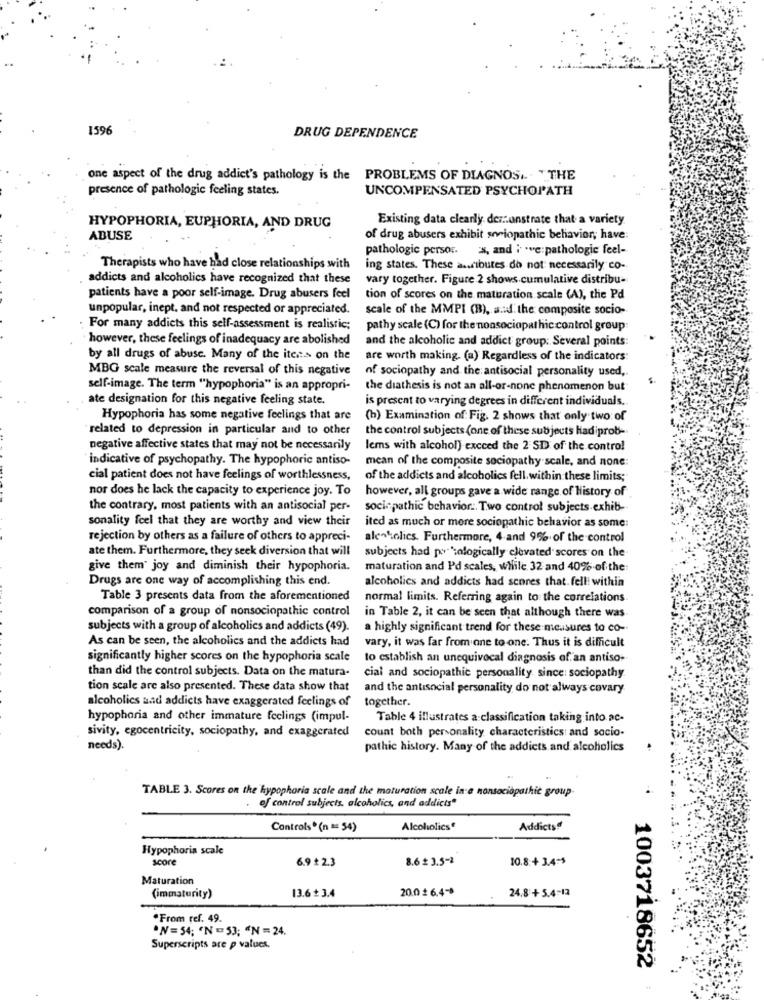
1596
DRUG DEPENDENCE
one aspect of the drug addict's pathology is the PROBLEMS OF DIAGNOS ... "THE
presence of pathologic feeling states.
UNCOMPENSATED PSYCHOPATH
Existing data clearly der :: onstrate that a variety.
HYPOPHORIA, EUPHORIA, AND DRUG
ABUSE
of drug abusers exhibit soviopathic behavior, have:
pathologic person. x, and i .e: pathologic feel-
Therapists who have had close relationships with
ing states. These aributes do not necessarily co-
addicts and alcoholics have recognized that these
vary together. Figure 2 shows cumulative distribu-
patients have a poor self-image. Drug abusers feel
tion of scores on the maturation scale (A), the Pd
unpopular, inept, and not respected or appreciated.
scale of the MMPI (B), a :: df. the composite socio-
For many addicts this self-assessment is realistic;
pathy scale (C) for the nonsociopat hic control group:
however, these feelings of inadequacy are abolished
and the alcoholic and addict group: Several points:
by all drugs of abuse. Many of the iten:> on the
are worth making. (a) Regardless of the indicators:
MBG scale measure the reversal of this negative
of sociopathy and the antisocial personality used,
$.
self-image. The term "hypophoria" is an appropri-
the diathesis is not an all-or-none phenomenon but
ate designation for this negative feeling state.
is present to varying degrees in different individuals.
Hypophoria has some negative feelings that are
(b) Examination of: Fig. 2 shows that only two of
related to depression in particular and to other
the control subjects (one of these subjects hadiprob-
negative affective states that may not be necessarily
lems with alcohol) exceed the 2 SD of the contro!
"indicative of psychopathy. The hypophoric antiso-
mean of the composite sociopathy scale, and none:
cial patient does not have feelings of worthlessness,
of the addicts and alcoholics fell. within these limits;
nor does he lack the capacity to experience joy. To
however, all groups gave a wide range of History of
the contrary, most patients with an antisocial per-
sociepathic behavior .. Two control subjects exhib-
sonality feel that they are worthy and view their
ited as much or more sociopathic behavior as some:
rejection by others as a failure of others to appreci-
alenkolics. Furthermore, 4-and 9% of the control
ate them. Furthermore, they seek diversion that will
subjects had po 'tologically elevated scores on the
give them' joy and diminish their hypophoria.
maturation and Pd scales, while 32 and 40% of the
Drugs are one way of accomplishing this end.
alcoholics and addicts had scores that. fell! within
Table 3 presents data from the aforementioned
normal limits. Referring again to the correlations
comparison of a group of nonsociopathic control
in Table 2, it can be seen that although there was
subjects with a group of alcoholics and addicts (49).
a highly significant trend for these measures to co-
As can be seen, the alcoholics and the addicts had
vary, it was far from one to one. Thus it is difficult
significantly higher scores on the hypophoria scale
to establish an unequivocal diagnosis of an antiso-
than did the control subjects. Data on the matura-
cial and sociopathic personality. since: sociopathy
tion scale are also presented. These data show that
and the antisocial personality do not always covary
alcoholics aad addicts have exaggerated feelings of
together.
hypophoria and other immature feelings (impul-
Table 4 illustrates a classification taking into ac-
sivity, egocentricity, sociopathy, and exaggerated
count both personality characteristics and socio-
needs).
pathic history. Many of the addicts and alcoholics
TABLE 3. Scores on the hypophoria scale and the maturation scale in e nonsociopathic group-
of control subjects, alcoholics, and addicts"
Controls* (n == 54)
Alcoholics
Addicts !!
Hypophoria scale
score
8.6 £ 3.5-1
10.8.+ 3.4-5
6.9 £ 2.3
Maturation
13.6 + 3.4
20.0 6.4-8
24.8 + 5.4-12
(immaturity)
.From ref. 49.
N=54; "N=53; "N=24.
Superscripts are p values.
1003718652